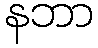
နဘာ